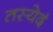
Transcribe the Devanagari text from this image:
तस्येदं